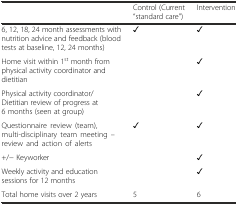
|  | Control (Current “standard care”) | Intervention |
 | --- | --- | --- |
 | 6, 12, 18, 24 month assessments with nutrition advice and feedback (blood tests at baseline, 12, 24 months) | ✓ | ✓ |
 | Home visit within 1st month from physical activity coordinator and dietitian |  | ✓ |
 | Physical activity coordinator/Dietitian review of progress at 6 months (seen at group) |  | ✓ |
 | Questionnaire review (team), multi-disciplinary team meeting – review and action of alerts | ✓ | ✓ |
 | +/− Keyworker |  | ✓ |
 | Weekly activity and education sessions for 12 months |  | ✓ |
 | Total home visits over 2 years | 5 | 6 |